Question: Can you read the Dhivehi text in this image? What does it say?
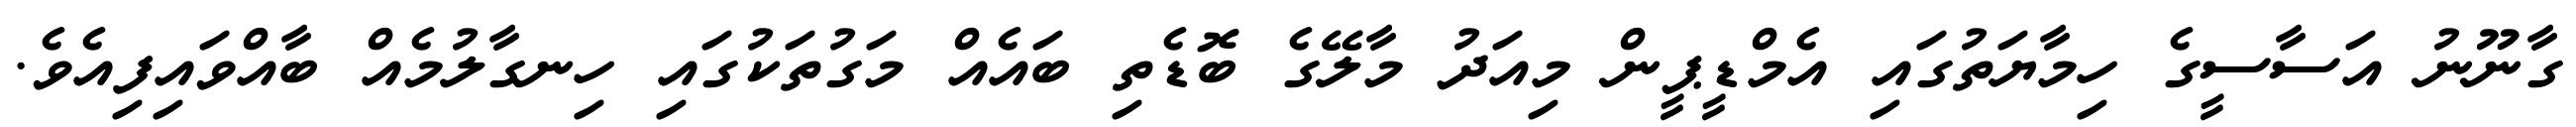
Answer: ގާނޫނު އަސާސީގެ ހިމާޔަތުގައި އެމްޑީޕީން މިއަދު މާލޭގެ ބޮޑެތި ބައެއް މަގުތަކުގައި ހިނގާލުމެއް ބާއްވައިފިއެވެ.